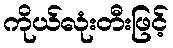
ကိုယ်လုံးတီးဖြင့်